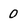
Character: 0